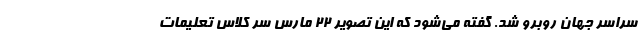
سراسر جهان روبرو شد. گفته می‌شود که این تصویر ۲۲ مارس سر کلاس تعلیمات